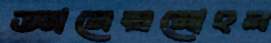
জ্ঞানেন্দ্রমোহন